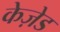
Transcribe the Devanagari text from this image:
केज़ेड